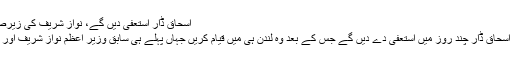
اسحاق ڈار استعفیٰ دیں گے، نواز شریف کی زیرصدارت اجلاس میں فیصلہ
لندن : وفاقی وزیر خزانہ اسحاق ڈار چند روز میں استعفیٰ دے دیں گے جس کے بعد وہ لندن ہی میں قیام کریں جہاں پہلے ہی سابق وزیر اعظم نواز شریف اور ان کے اہل خانہ مقیم ہیں۔